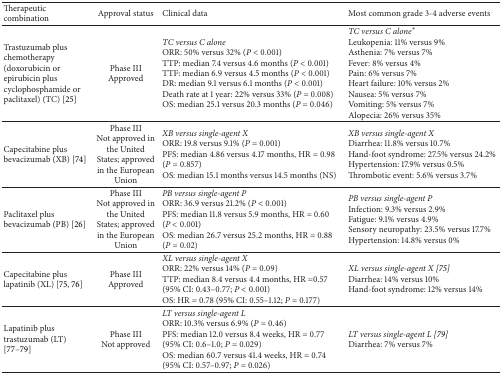
<table><thead><tr><td><b>Therapeutic combination</b></td><td><b>Approval status</b></td><td><b>Clinical data</b></td><td><b>Most common grade 3-4 adverse events </b></td></tr></thead><tbody><tr><td>Trastuzumab plus chemotherapy (doxorubicin or epirubicin plus cyclophosphamide or paclitaxel) (TC) [25]</td><td>Phase IIIApproved</td><td><i>TC versus C alone</i>ORR: 50% versus 32% (<i>P</i> &lt; 0.001) TTP: median 7.4 versus 4.6 months (<i>P</i> &lt; 0.001) TTF: median 6.9 versus 4.5 months (<i>P</i> &lt; 0.001) DR: median 9.1 versus 6.1 months (<i>P</i> &lt; 0.001) Death rate at 1 year: 22% versus 33% (<i>P</i> = 0.008) OS: median 25.1 versus 20.3 months (<i>P</i> = 0.046)</td><td><i>TC versus C alone*</i>Leukopenia: 11% versus 9% Asthenia: 7% versus 7% Fever: 8% versus 4% Pain: 6% versus 7% Heart failure: 10% versus 2% Nausea: 5% versus 7% Vomiting: 5% versus 7% Alopecia: 26% versus 35%</td></tr><tr><td>Capecitabine plus bevacizumab (XB) [74]</td><td>Phase IIINot approved in the United States; approved in the European Union</td><td><i>XB versus single-agent X </i> ORR: 19.8 versus 9.1% (<i>P</i> = 0.001) PFS: median 4.86 versus 4.17 months, HR = 0.98 (<i>P</i> = 0.857) OS: median 15.1 months versus 14.5 months (NS)</td><td><i>XB versus single-agent X</i>Diarrhea: 11.8% versus 10.7% Hand-foot syndrome: 27.5% versus 24.2% Hypertension: 17.9% versus 0.5% Thrombotic event: 5.6% versus 3.7%</td></tr><tr><td>Paclitaxel plus bevacizumab (PB) [26]</td><td>Phase IIINot approved in the United States; approved in the European Union</td><td><i>PB versus single-agent P</i>ORR: 36.9 versus 21.2% (<i>P</i> &lt; 0.001) PFS: median 11.8 versus 5.9 months, HR = 0.60 (<i>P</i> &lt; 0.001) OS: median 26.7 versus 25.2 months, HR = 0.88 (<i>P</i> = 0.02) </td><td><i>PB versus single-agent P</i>Infection: 9.3% versus 2.9% Fatigue: 9.1% versus 4.9% Sensory neuropathy: 23.5% versus 17.7% Hypertension: 14.8% versus 0%</td></tr><tr><td>Capecitabine plus lapatinib (XL) [75, 76]</td><td>Phase IIIApproved</td><td><i>XL versus single-agent X</i>ORR: 22% versus 14% (<i>P</i> = 0.09)TTP: median 8.4 versus 4.4 months, HR =0.57 (95% CI: 0.43–0.77; <i>P</i> &lt; 0.001)OS: HR = 0.78 (95% CI: 0.55–1.12; <i>P</i> = 0.177)</td><td><i>XL versus single-agent X [75]</i>Diarrhea: 14% versus 10% Hand-foot syndrome: 12% versus 14%</td></tr><tr><td>Lapatinib plus trastuzumab (LT) [77–79]</td><td>Phase IIINot approved</td><td><i>LT versus single-agent L</i>ORR: 10.3% versus 6.9% (<i>P</i> = 0.46) PFS: median 12.0 versus 8.4 weeks, HR = 0.77 (95% CI: 0.6–1.0; <i>P</i> = 0.029) OS: median 60.7 versus 41.4 weeks, HR = 0.74 (95% CI: 0.57–0.97; <i>P</i> = 0.026) </td><td><i>LT versus single-agent L [79]</i>Diarrhea: 7% versus 7% </td></tr></tbody></table>